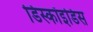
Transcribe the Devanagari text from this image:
डिस्कॉइडिस